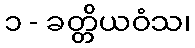
၁ - ခတ္တိယဝံသ၊